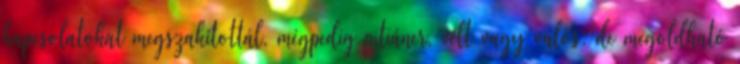
kapcsolatokat megszakítottál, mégpedig pitiáner, vélt vagy valós, de megoldható